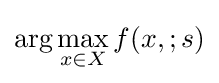
\arg \max _{x\in X}f(x,;s)